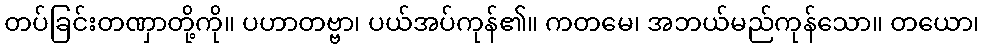
တပ်ခြင်းတဏှာတို့ကို။ ပဟာတဗ္ဗာ၊ ပယ်အပ်ကုန်၏။ ကတမေ၊ အဘယ်မည်ကုန်သော။ တယော၊